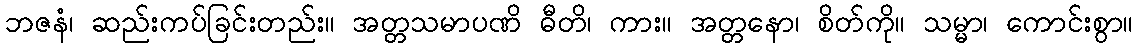
ဘဇနံ၊ ဆည်းကပ်ခြင်းတည်း။ အတ္တသမာပဏိ ဓီတိ၊ ကား။ အတ္တနော၊ စိတ်ကို။ သမ္မာ၊ ကောင်းစွာ။